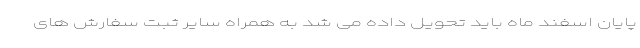
پایان اسفند ماه باید تحویل داده می شد به همراه سایر ثبت سفارش های